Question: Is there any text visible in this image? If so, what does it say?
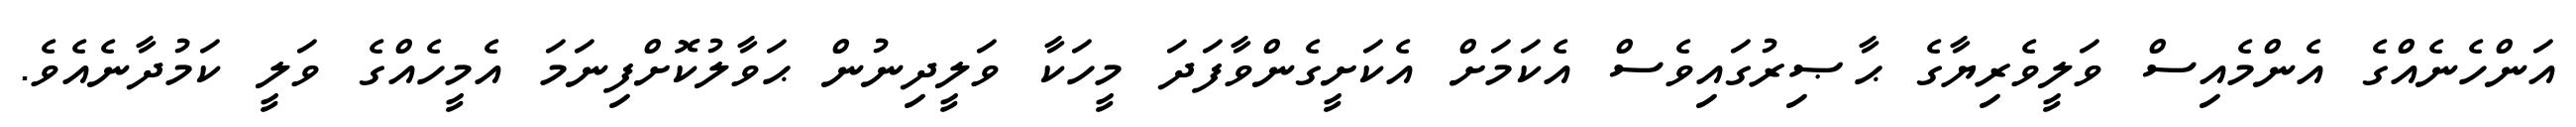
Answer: އަންހެނެއްގެ އެންމެއިސް ވަލީވެރިޔާގެ ޙާޞިރުގައިވެސް އެކަމަށް އެކަށީގެންވާފަދަ މީހަކާ ވަލީދިނުން ޙަވާލުކޮށްފިނަމަ އެމީހެއްގެ ވަލީ ކަމުދާނެއެވެ.